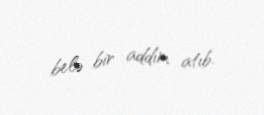
belə bir addım atıb.